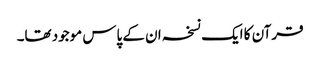
قرآن کا ایک نسخہ ان کے پاس موجود تھا۔